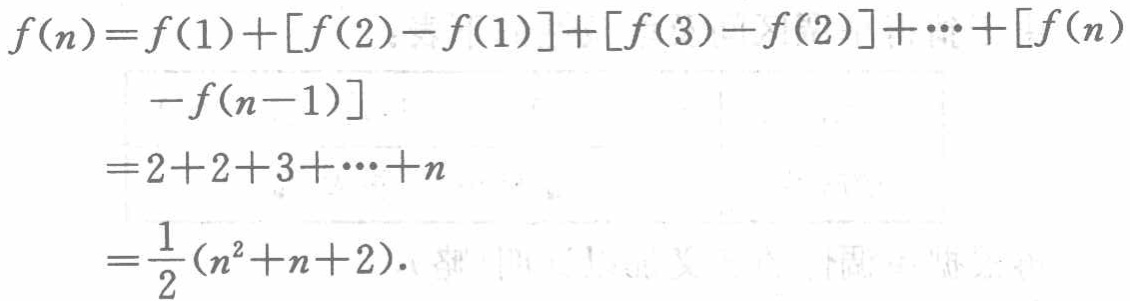
\[
\begin{align*}
f(n)&=f(1)+[f(2)-f(1)]+[f(3)-f(2)]+\cdots+[f(n)\\
&\quad -f(n - 1)]\\
&=2 + 2+3+\cdots+n\\
&=\frac{1}{2}(n^{2}+n + 2).
\end{align*}
\]